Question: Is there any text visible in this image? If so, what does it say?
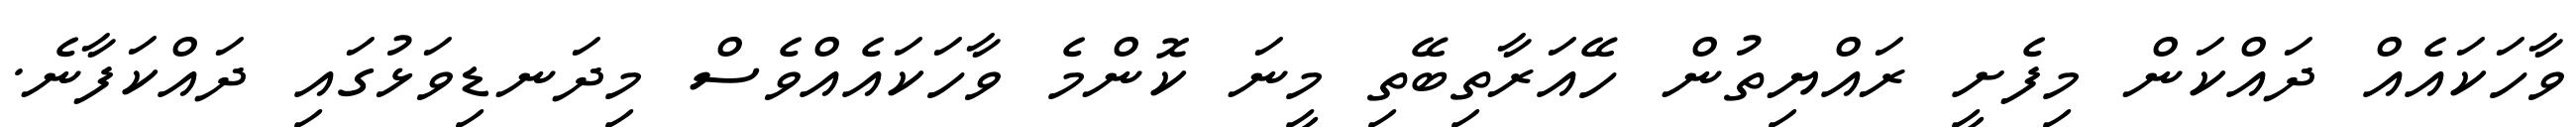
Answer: ވާހަކައެއް ދައްކަން މިފެށީ ރައްޔިތުން ހޭއަރާތިބޭތި މީނަ ކޮންމެ ވާހަކައެއްވެސް މިދަނޑިވަޅުގައި ދައްކަފާނެ.